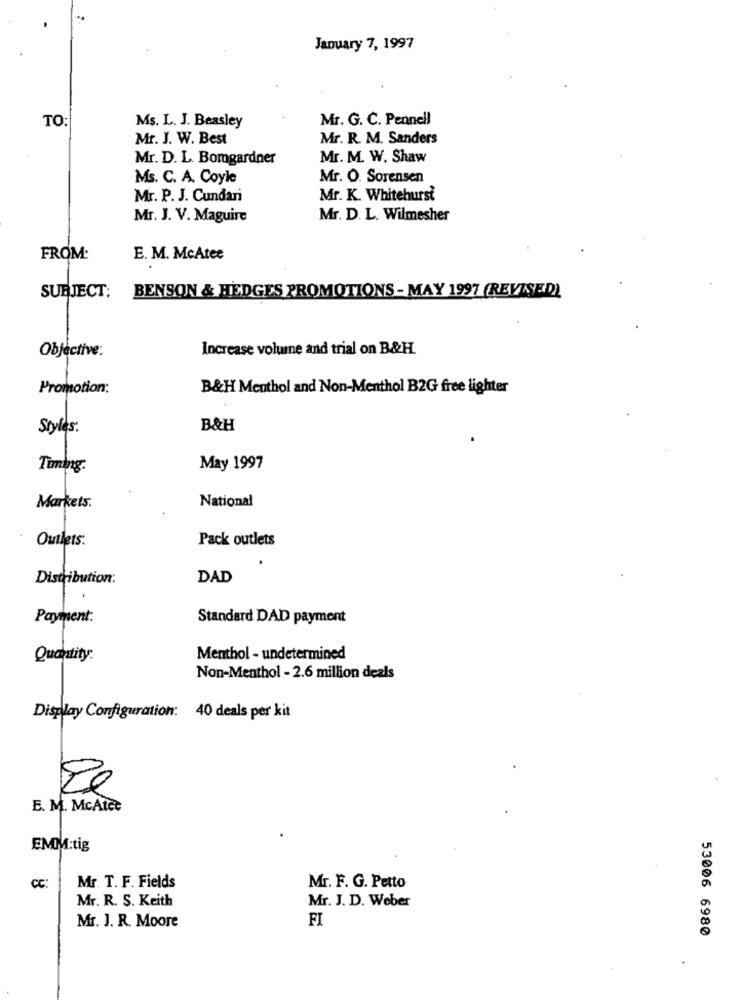
January 7, 1997
TO:
Mr. G. C. Pennell
Ms. L. J. Beasley
Mr. J. W. Best
Mr. R. M. Sanders
Mr. D. L. Bomgardner
Mr. M. W. Shaw
Ms. C. A. Coyle
Mr. O. Sorensen
Mr. P. J. Cundari
Mr. K. Whitehurst
Mr. J. V. Maguire
Mr. D. L. Wilmesher
FROM:
E. M. McAtee
BENSON & HEDGES PROMOTIONS - MAY 1997 (REVISED)
SUBJECT:
Objective:
Increase volume and trial on B&H.
Promotion:
B&H Menthol and Non-Menthol B2G free lighter
Styles.
B&H
Timing.
May 1997
National
Markets.
Outlets.
Pack outlets
Distribution:
DAD
Payment:
Standard DAD payment
Quantity:
Menthol - undetermined
Non-Menthol - 2.6 million deals
Display Configuration: 40 deals per kit
E. M. McAtce
EMM:tig
CC:
Mr. T. F. Fields
Mr. F. G. Petto
Mr. R. S. Keith
Mr. J. D. Weber
FI
Mr. J. R. Moore
53006 6980